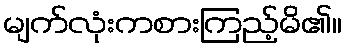
မျက်လုံးကစားကြည့်မိ၏။